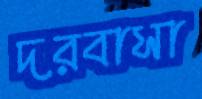
দরবাসা